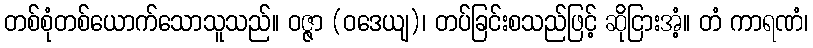
တစ်စုံတစ်ယောက်သောသူသည်။ ဝဇ္ဇာ (ဝဒေယျ)၊ တပ်ခြင်းစသည်ဖြင့် ဆိုငြားအံ့။ တံ ကာရဏံ၊